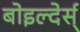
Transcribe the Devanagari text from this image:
बोइल्देर्स्